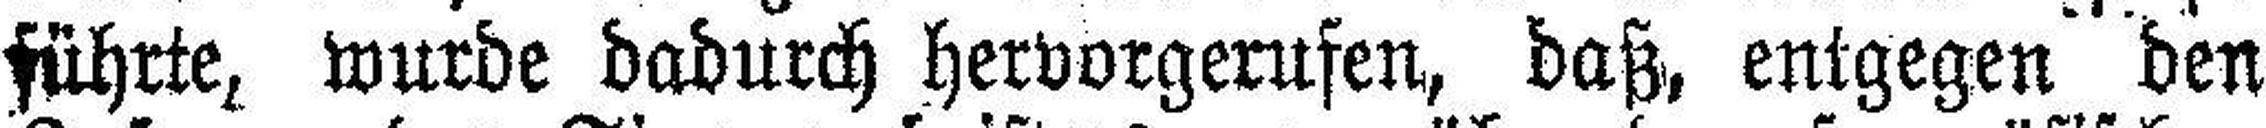
führte, wurde dadurch hervorgerufen, daß, entgegen den